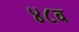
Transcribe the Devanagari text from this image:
४८व